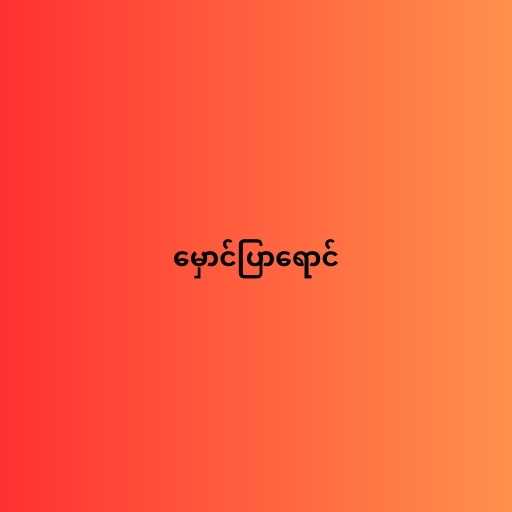
မှောင်ပြာရောင်